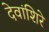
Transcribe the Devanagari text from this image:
देवांशिरे